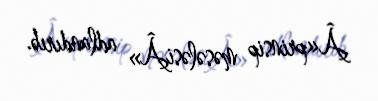
Â«prinsip məsələsiÂ» adlandırıb.